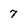
Character: 7